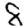
Digit: 8